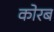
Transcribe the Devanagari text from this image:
कोरब